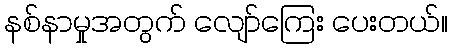
နစ်နာမှုအတွက် လျော်ကြေး ပေးတယ်။